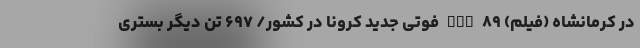
در کرمانشاه (فیلم) nan ۸۹ فوتی جدید کرونا در کشور/ ۶۹۷ تن دیگر بستری